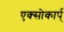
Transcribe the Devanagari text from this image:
एक्सोकार्प्